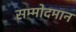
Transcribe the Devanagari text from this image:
सम्मोदमान